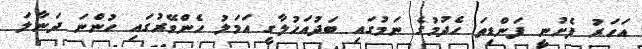
އަހަރު ފެށުނީ ފަންޑިތަ ހެދުމުގެ ނަމުގައި ބަދުއަހުލާގީ އަމަލު ހެންވޭރުގައި ހުންނަ ދަނާލަ